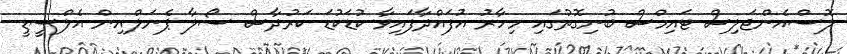
ލޮސްއެންޖަލިސް ޓައިމްސް ބުނިގޮތުގައި މިހާރު އުފައްދާފައިވާ ކުޑަކުޑަ ކަރުދާސް ސޯލާ ޕެނަލްއިން އެލްސީޑީ